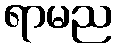
ရာမည